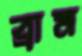
ব্রাম